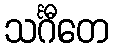
သင်္ဂီတေ